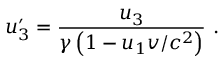
u _ { 3 } ^ { \prime } = { \frac { u _ { 3 } } { \gamma \left( 1 - u _ { 1 } v / c ^ { 2 } \right) } } \ .